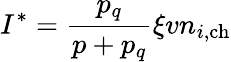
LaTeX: I^{*}=\frac{p_{q}}{p+p_{q}}\xi vn_{i,\mathrm{ch}}